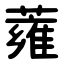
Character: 蕹